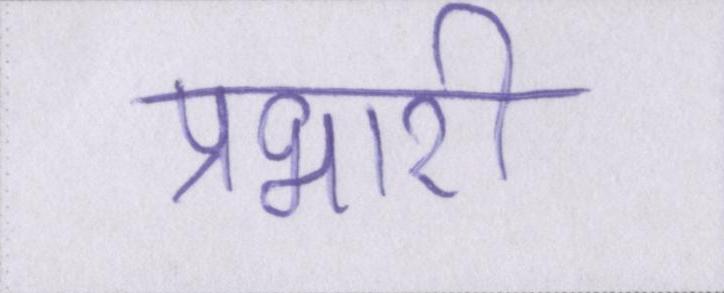
प्रभारी